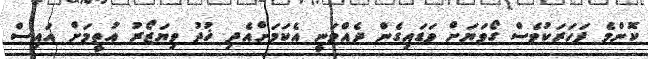
ކޮންމެ ފަހަރަކުވެސް ގޯވަޔަށް ވަޑައިގެން ދެއްވަނީ އެކަމަށްއެދި ޚުދު ވިޔަޒޯރު އުތީމަށް އައިސް